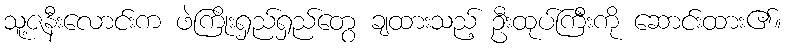
သူ့ဇနီးလောင်းက ဖဲကြိုးရှည်ရှည်တွေ ချထားသည့် ဦးထုပ်ကြီးကို ဆောင်းထား၏။